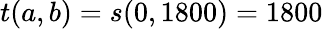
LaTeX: t(a,b)=s(0,1800)=1800